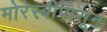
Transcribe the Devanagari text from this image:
मोरेस्बीपासून